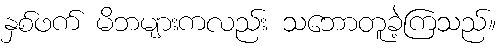
နှစ်ဖက် မိဘများကလည်း သဘောတူခဲ့ကြသည်။